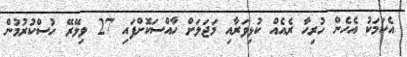
އެކަމަކު އެހެން ހުރިހާ ރެއެއް ކުޅިވަރާއި މަޖަލަށް ހާއްސަކޮށްފައި 27 ވިލޭރޭ ހުސްކުރުމުން